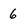
Character: 6